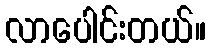
လာပေါင်းတယ်။